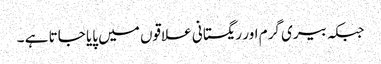
جبکہ بیری گرم اور ریگستانی علاقوں میں پایا جاتا ہے ۔